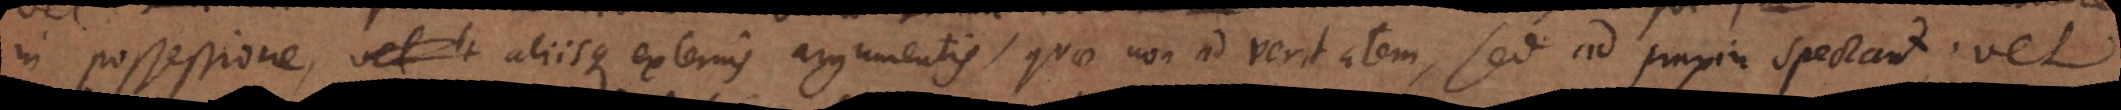
in possessione, vel h aliisque externis argumentis, quae non ad veritatem, sed ad praxin spectant; vel